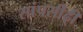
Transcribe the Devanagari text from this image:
सांपसीढ़ी